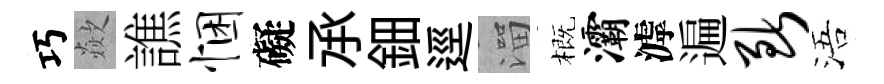
巧歘譙悃礙𠄘鈿逕溜概灞滹遍断浯